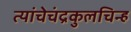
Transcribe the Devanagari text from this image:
त्यांचेचंद्रकुलचिन्ह